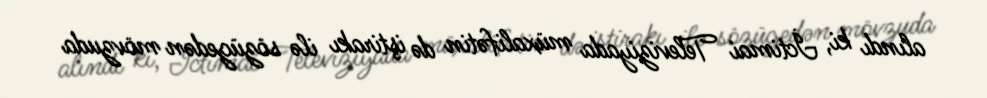
alındı ki, İctimai Televiziyada müxalifətin də iştirakı ilə sözügedən mövzuda